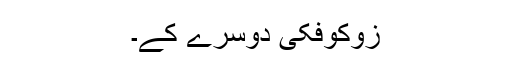
زوکوفکی دوسرے کے۔